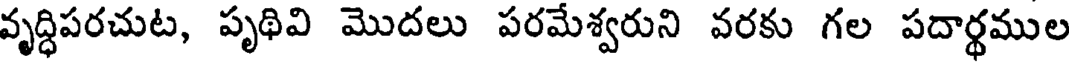
వృద్ధిపరచుట, పృథివి మొదలు పరమేశ్వరుని వరకు గల పదార్థముల